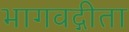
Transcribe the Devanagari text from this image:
भागवद्गीता